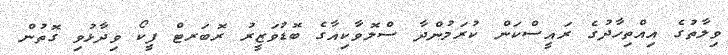
ވިލާތުގެ އިއްތިހާދުގެ ރައީސްކަން ކުރަމުންދާ ސްލޮވާކިއާގެ ބޮޑުވަޒީރު ރޮބަރޓް ފީކޯ ވިދާޅުވި ގޮތުން